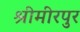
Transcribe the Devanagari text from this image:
श्रीमीरपुर